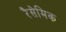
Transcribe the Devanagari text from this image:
रैसेमिक